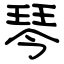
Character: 琴